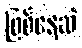
ဖြစ်နေဆဲ